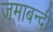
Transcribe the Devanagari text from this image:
जमाबन्दी